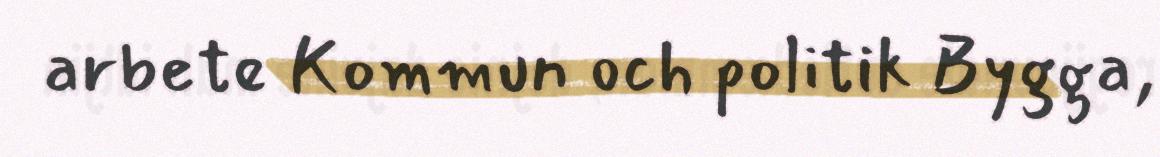
arbete Kommun och politik Bygga,